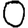
Digit: 0